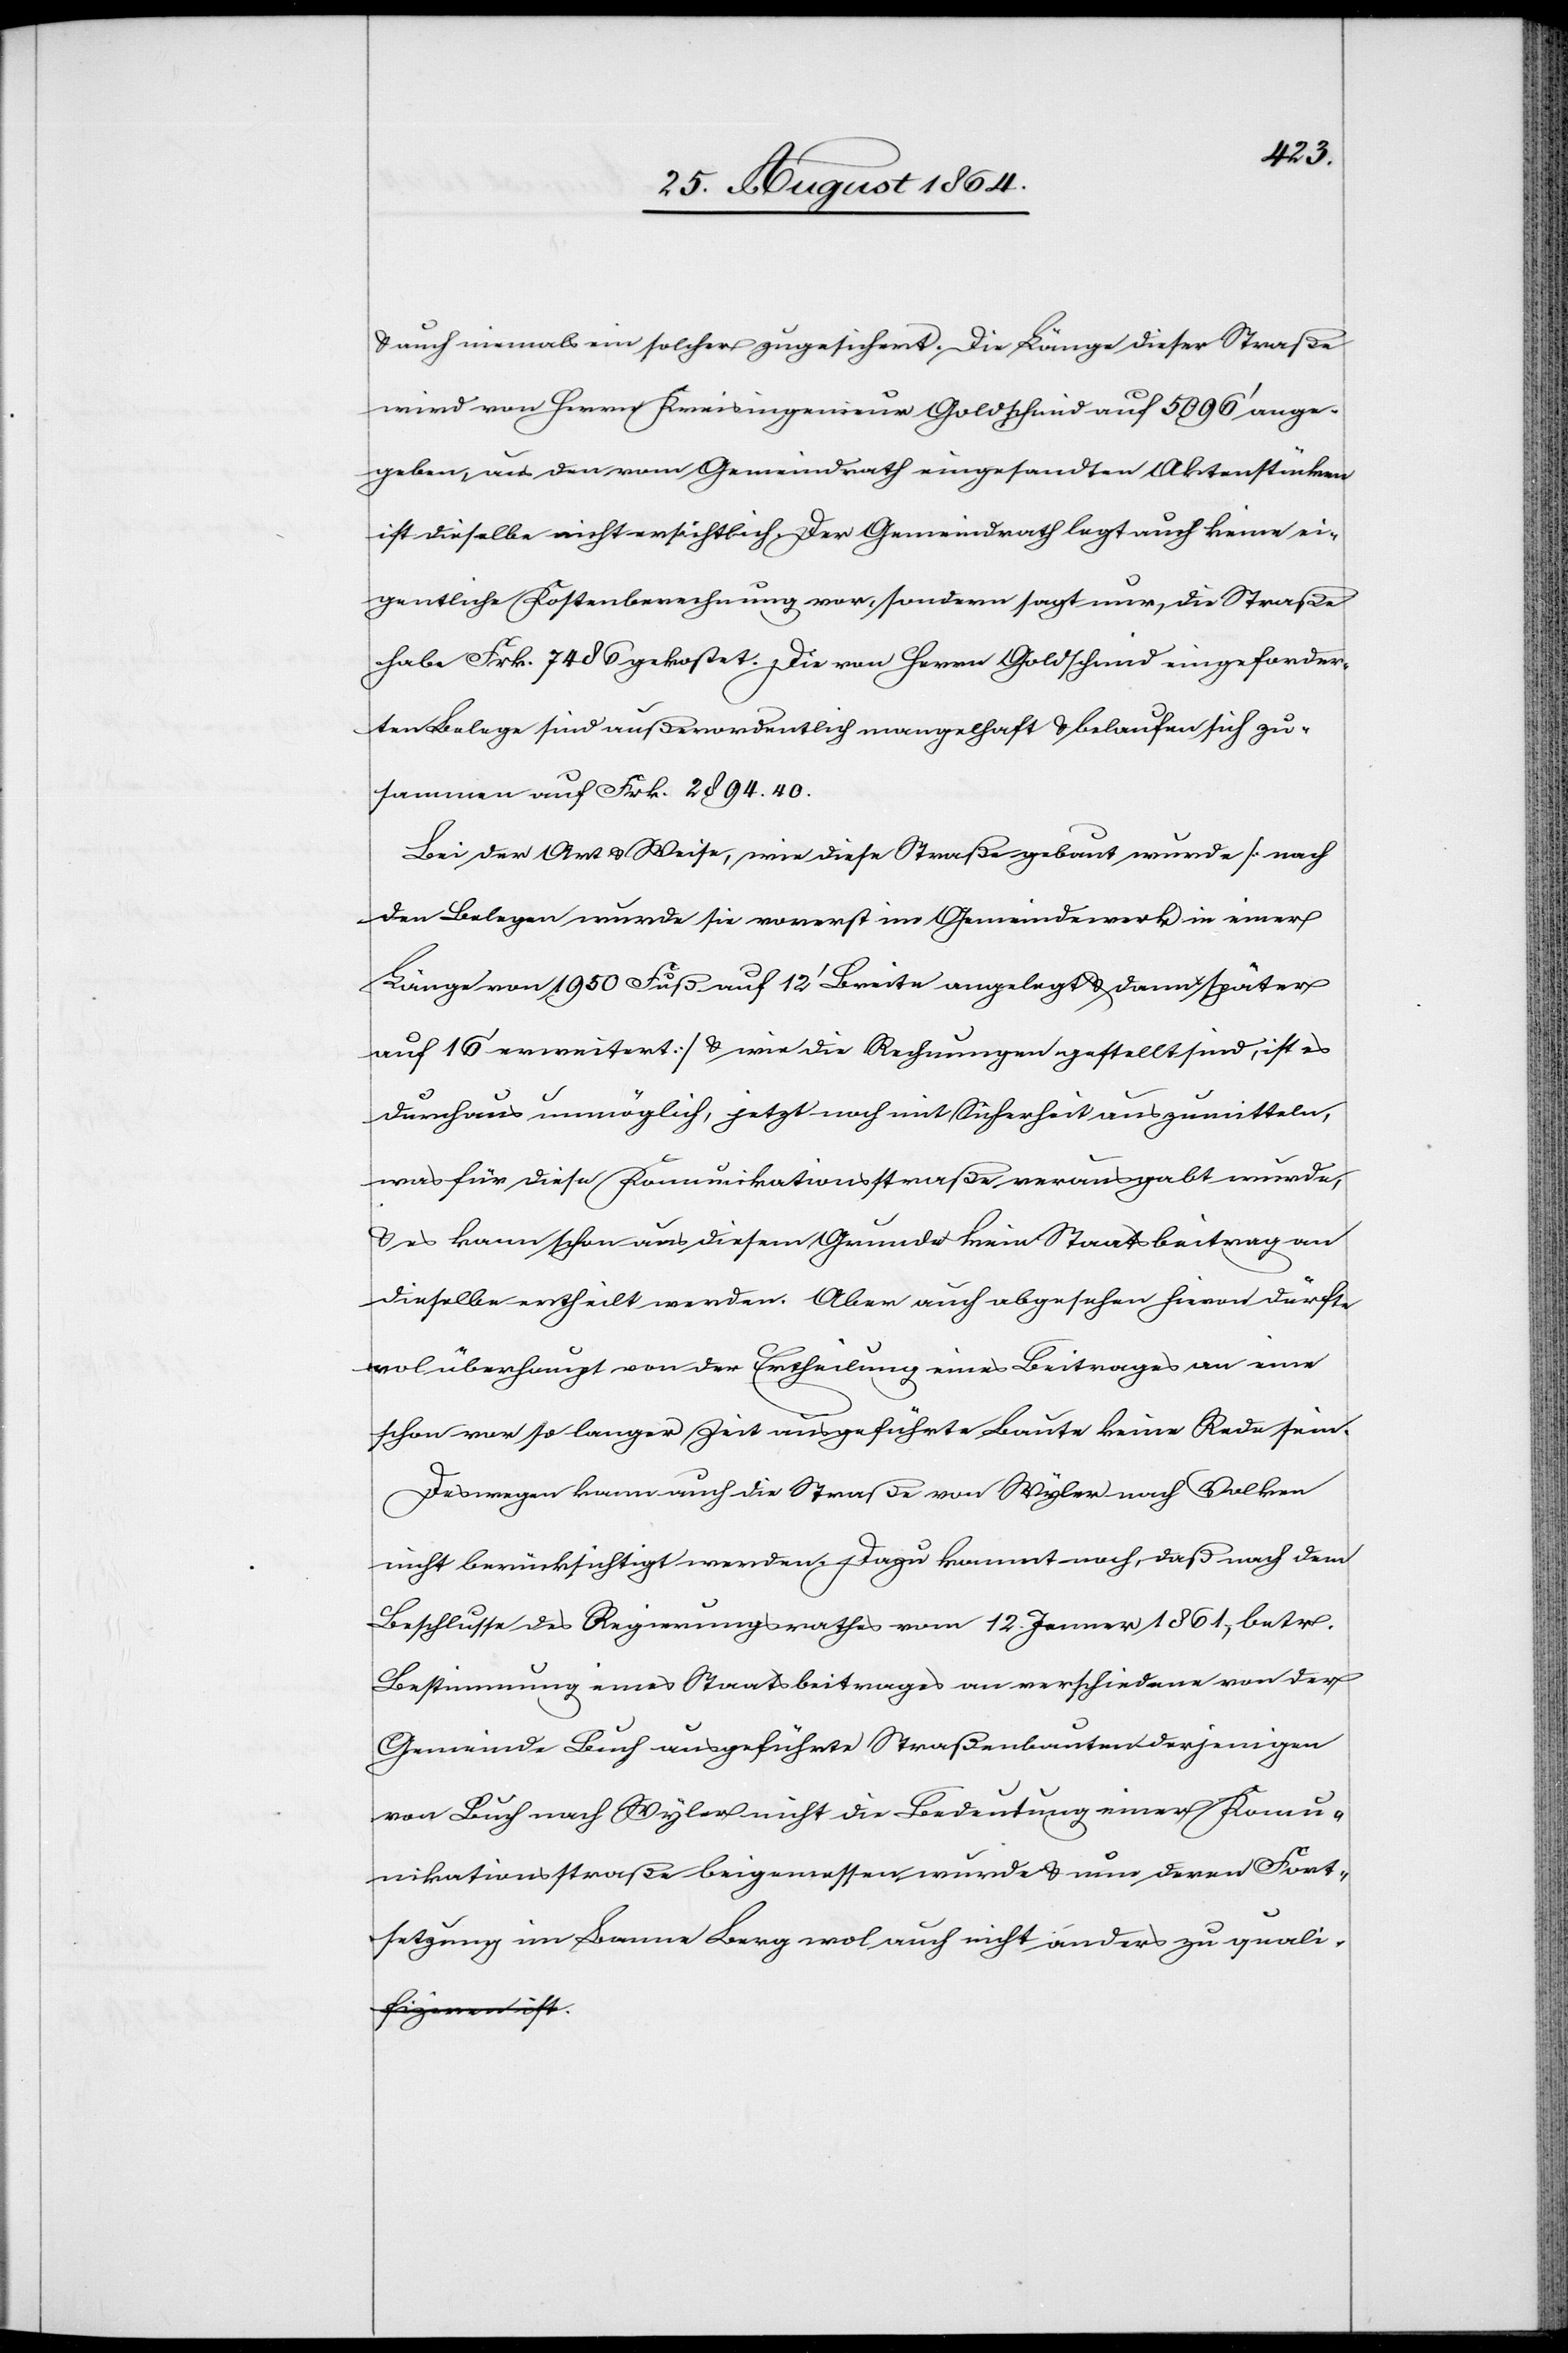
& auch niemals ein solcher zugesichert. Die Länge dieser Straße
wird von Herrn Kreisingenieur Goldscheid auf 5096’ ange¬
geben, aus den vom Gemeindrath eingesandten Aktenstücken
ist dieselbe nicht ersichtlich. Der Gemeindrath legt auch keine ei¬
gentliche Kostenberechnung vor, sondern sagt nur, die Straße
habe Frk. 7486 gekostet. Die von Herrn Goldscheid eingeforder¬
ten Belege sind außerordentlich mangelhaft & belaufen sich zu¬
sammen auf Frk. 2894.40.
Bei der Art & Weise, wie diese Straße gebaut wurde [nach
den Belegen wurde sie vorerst im Gemeindewerk in einer
Länge von 1960 Fuß auf 12’ Breite angelegt & dann später
auf 16’ erweitert] & wie die Rechnungen gestellt sind, ist es
durchaus unmöglich, jetzt noch mit Sicherheit auszumitteln,
was für diese Kommunikationsstraße verausgabt wurde,
& es kann schon aus diesem Grunde kein Staatsbeitrag an
dieselbe ertheilt werden. Aber auch abgesehen hievon dürfte
wol überhaupt von der Ertheilung eines Beitrages an eine
schon vor so langer Zeit ausgeführte Baute keine Rede sein.
Deswegen kann auch die Straße von Wyler nach Volken
nicht berücksichtigt werden. Dazu kommt noch, daß nach dem
Beschlusse des Regierungsrathes vom 12. Jenner 1861, betr.
Bestimmung eines Staatsbeitrages an verschiedene von der
Gemeinde Buch ausgeführte Straßenbauten derjenigen
von Buch nach Wyler nicht die Bedeutung einer Kommu¬
nikationsstraße beigemessen wurde & nur deren Fort¬
setzung im Banne Berg wol auch nicht anders zu quali-
a-fiziren ist-a